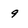
Character: 9